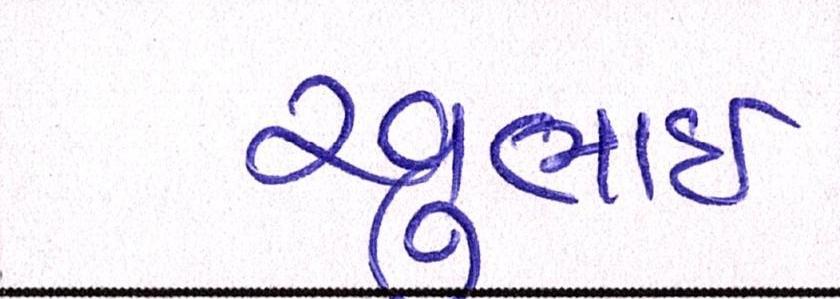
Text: રવુભાઇ